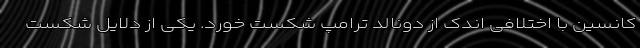
کانسین با اختلافی اندک از دونالد ترامپ شکست خورد. یکی از دلایل شکست